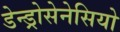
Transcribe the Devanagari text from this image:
डेन्ड्रोसेनेसियो